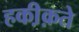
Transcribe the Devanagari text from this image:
हकी़क़ते